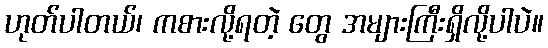
ဟုတ်ပါတယ်၊ ကစားလို့ရတဲ့ တွေ အများကြီးရှိလို့ပါပဲ။